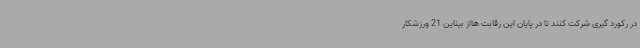
در رکورد گیری شرکت کنند تا در پایان این رقابت هااز بیناین 21 ورزشکار